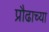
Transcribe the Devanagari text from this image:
प्रौढाच्या